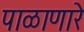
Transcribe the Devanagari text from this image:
पाळाणारे